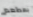
بمطعم